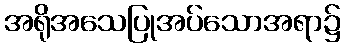
အရိုအသေပြုအပ်သောအရာ၌